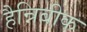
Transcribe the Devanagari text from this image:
हैन्निबीक